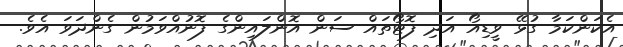
އެކަންކަމާ ގުޅޭ ވީޑިއޯ އަދި ފޮޓޯތައް ސަން އޮންލައިންގެ ފޮނުއްވަމުން ގެންދަވަ އެވެ.